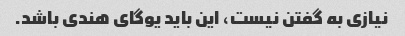
نیازی به گفتن نیست، این باید یوگای هندی باشد.